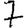
Digit: 7